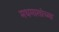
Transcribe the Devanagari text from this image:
मधमाशांच्या